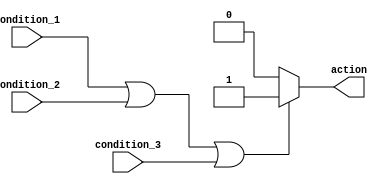
module if_else_logical_OR (
    input condition_1,
    input condition_2,
    input condition_3,
    output reg action
);

always @ (*)
begin
    if (condition_1 || condition_2 || condition_3) begin
        // Actions to be executed when any of the conditions are met
        action = 1;
    end
    else begin
        // Actions to be executed when none of the conditions are met
        action = 0;
    end
end

endmodule